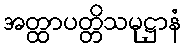
အတ္ထာပတ္တိသမုဋ္ဌာနံ